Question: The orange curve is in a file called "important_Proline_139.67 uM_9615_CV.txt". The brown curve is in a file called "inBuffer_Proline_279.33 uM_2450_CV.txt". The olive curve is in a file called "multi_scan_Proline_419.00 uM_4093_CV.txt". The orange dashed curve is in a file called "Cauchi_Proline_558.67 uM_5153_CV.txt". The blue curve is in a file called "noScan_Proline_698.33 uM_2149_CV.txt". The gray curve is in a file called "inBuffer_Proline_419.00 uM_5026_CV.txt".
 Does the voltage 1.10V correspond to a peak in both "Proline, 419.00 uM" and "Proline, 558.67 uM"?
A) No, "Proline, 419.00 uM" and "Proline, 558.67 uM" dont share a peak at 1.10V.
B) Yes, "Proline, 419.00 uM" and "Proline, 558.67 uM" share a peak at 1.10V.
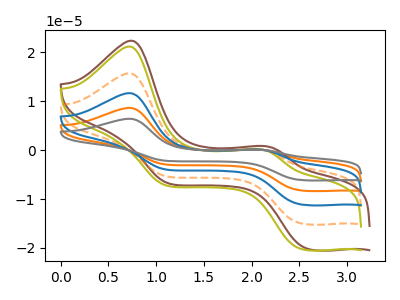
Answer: <think>The orange curve "Proline, 139.67 uM" has anodic peaks at (0.70V, 47.20uA) (2.10V, 0.50uA) and cathodic peaks at (2.50V, -44.70uA) (1.10V, -15.95uA). The brown curve "Proline, 279.33 uM" has anodic peaks at (0.75V, 22.40uA) (2.15V, 0.80uA) and cathodic peaks at (2.55V, -20.10uA) (1.15V, -6.80uA). The olive curve "Proline, 419.00 uM" has anodic peaks at (0.70V, 21.20uA) (2.10V, 0.25uA) and cathodic peaks at (2.50V, -20.10uA) (1.10V, -7.20uA). The orange dashed curve "Proline, 558.67 uM" has anodic peaks at (0.70V, 15.75uA) (2.10V, 0.15uA) and cathodic peaks at (2.50V, -14.90uA) (1.10V, -5.30uA). The blue curve "Proline, 698.33 uM" has anodic peaks at (0.70V, 31.45uA) (2.10V, 0.35uA) and cathodic peaks at (2.50V, -29.80uA) (1.10V, -10.65uA). The gray curve "Proline, 419.00 uM" has anodic peaks at (0.70V, 62.90uA) (2.10V, 0.70uA) and cathodic peaks at (2.50V, -59.65uA) (1.10V, -21.30uA).</think>
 <answer>B) Yes, "Proline, 419.00 uM" and "Proline, 558.67 uM" share a peak at 1.10V.</answer>
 <eval>B</eval>